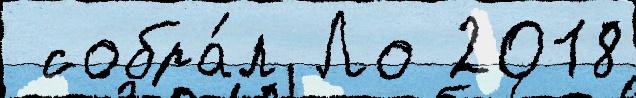
 собра́л Ло 2018